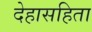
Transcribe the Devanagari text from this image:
देहासहिता